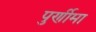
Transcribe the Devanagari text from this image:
पुर्णीमा